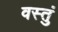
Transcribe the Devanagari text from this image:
वस्तुं